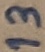
Text: 13